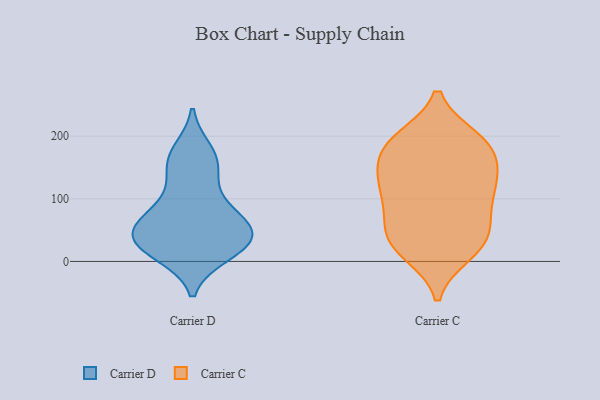
{"axis": {"x": "Humidity (%)", "y": "Value"}, "legend": ["Carrier C", "Carrier D"], "data": [{"x": "", "y": 12, "type": "Carrier D"}, {"x": "", "y": 26, "type": "Carrier D"}, {"x": "", "y": 136, "type": "Carrier D"}, {"x": "", "y": 13, "type": "Carrier D"}, {"x": "", "y": 28, "type": "Carrier D"}, {"x": "", "y": 159, "type": "Carrier D"}, {"x": "", "y": 62, "type": "Carrier D"}, {"x": "", "y": 54, "type": "Carrier D"}, {"x": "", "y": 38, "type": "Carrier D"}, {"x": "", "y": 39, "type": "Carrier D"}, {"x": "", "y": 62, "type": "Carrier D"}, {"x": "", "y": 176, "type": "Carrier D"}, {"x": "", "y": 98, "type": "Carrier D"}, {"x": "", "y": 83, "type": "Carrier D"}, {"x": "", "y": 44, "type": "Carrier D"}, {"x": "", "y": 164, "type": "Carrier D"}, {"x": "", "y": 14, "type": "Carrier C"}, {"x": "", "y": 195, "type": "Carrier C"}, {"x": "", "y": 52, "type": "Carrier C"}, {"x": "", "y": 146, "type": "Carrier C"}, {"x": "", "y": 188, "type": "Carrier C"}, {"x": "", "y": 126, "type": "Carrier C"}, {"x": "", "y": 188, "type": "Carrier C"}, {"x": "", "y": 28, "type": "Carrier C"}, {"x": "", "y": 128, "type": "Carrier C"}, {"x": "", "y": 64, "type": "Carrier C"}, {"x": "", "y": 105, "type": "Carrier C"}, {"x": "", "y": 189, "type": "Carrier C"}, {"x": "", "y": 27, "type": "Carrier C"}, {"x": "", "y": 140, "type": "Carrier C"}, {"x": "", "y": 75, "type": "Carrier C"}, {"x": "", "y": 106, "type": "Carrier C"}, {"x": "", "y": 179, "type": "Carrier C"}, {"x": "", "y": 25, "type": "Carrier C"}]}